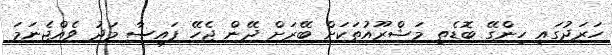
ހަރަދުގައި ހިންގޭ ބޮޑެތި މަޝްރޫއުތަކަށް ބޭރަށް ދޭން ޖެހޭ ފައިސާ މަދު ވެއްޖެނަމަ